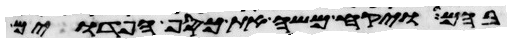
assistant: בהם ויקח משה את כסף הפדוים